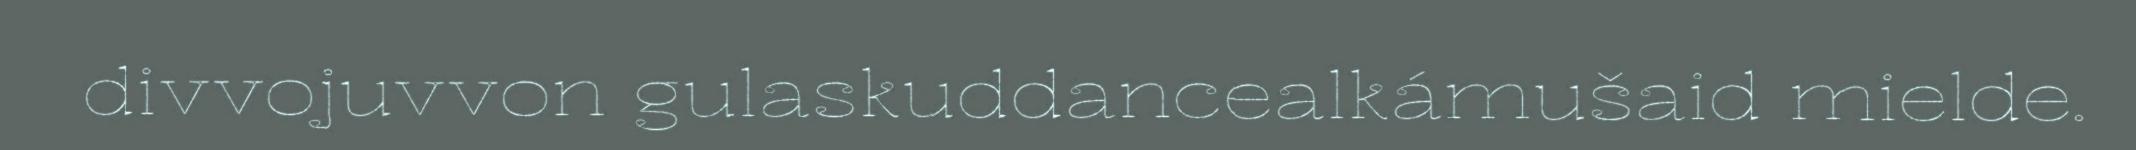
divvojuvvon gulaskuddancealkámušaid mielde.